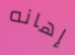
إهانه